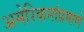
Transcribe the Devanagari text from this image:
अमेरिकनांप्रमाणे